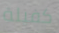
كفيلة